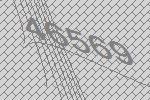
46569